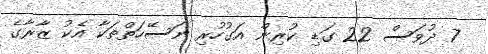
7 ދުވަސް 22 ގަޑި ކުރިން އަގުހުރި ނަސޭހަތްތަކާ އެކު ޒާރާގެ